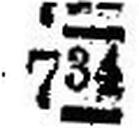
734